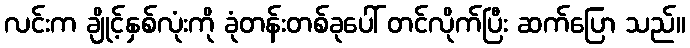
လင်းက ချိုင့်နှစ်လုံးကို ခုံတန်းတစ်ခုပေါ် တင်လိုက်ပြီး ဆက်ပြော သည်။